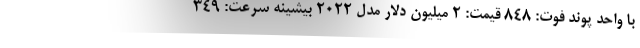
با واحد پوند فوت: 848 قیمت: 2 میلیون دلار مدل 2022 بیشینه سرعت: 349